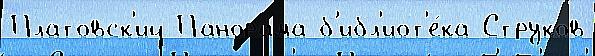
Платовск'ий Панора́ма б'ибл'иот'е́ка Струков